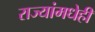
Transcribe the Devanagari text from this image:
राज्यांमधेही